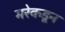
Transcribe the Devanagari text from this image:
मरेकडून